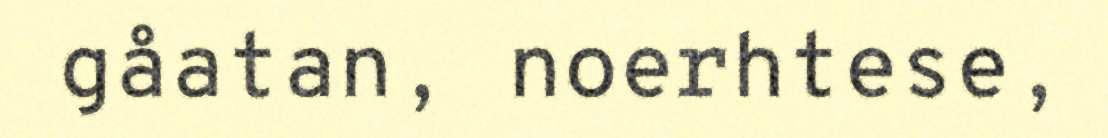
gåatan, noerhtese,